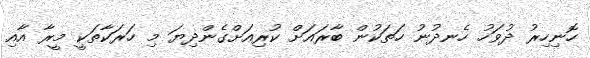
ހޮނިހިރު ދުވަހު ހެނދުނު ހަތަކުން ބާރައަށް ކުރިއަށްގެންދިޔަ މި ހަރަކާތަކީ މީރާ އާއި